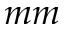
m m